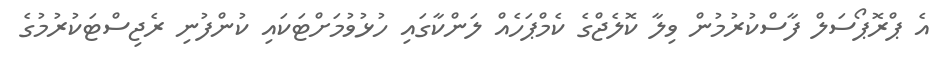
އެ ޕްރޮޕޯސަލް ފާސްކުރުމުން ވިލާ ކޮލެޖްގެ ކެމްޕަހެއް ލަންކާގައި ހުޅުވުމަށްޓަކައި ކުންފުނި ރެޖިސްޓަކުރުމުގެ